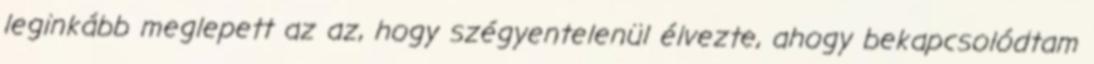
leginkább meglepett az az, hogy szégyentelenül élvezte, ahogy bekapcsolódtam